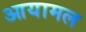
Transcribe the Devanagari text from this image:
आयामल